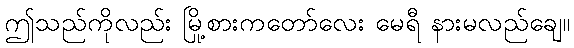
ဤသည်ကိုလည်း မြို့စားကတော်လေး မေရီ နားမလည်ချေ။